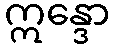
ဣန္ဒော